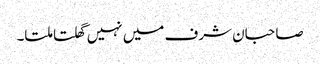
صاحبان شرف میں نہیں گھلتا ملتا۔